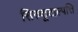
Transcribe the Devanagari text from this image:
सिरुकूटाल्पत्ति